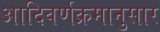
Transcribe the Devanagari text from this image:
आदिवर्णक्रमानुसार